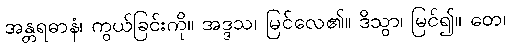
အန္တရဓာနံ၊ ကွယ်ခြင်းကို။ အဒ္ဒသ၊ မြင်လေ၏။ ဒိသွာ၊ မြင်၍။ တေ၊